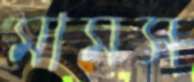
মামস